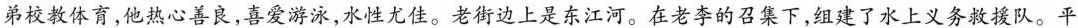
弟校教体育，他热心善良，喜爱游泳，水性尤佳。老街边上是东江河。在老李的召集下，组建了水上义务救援队。平